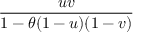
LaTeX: \frac { u v } { 1 - \theta ( 1 - u ) ( 1 - v ) }